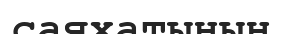
саяхатының